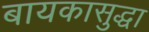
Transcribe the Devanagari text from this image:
बायकासुद्धा